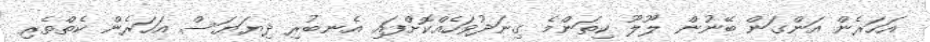
އަހަރެން އަންގަން ބޭނުން ލޫލޫ ކިތަންމެ ގިނަދުވަހެއްކޮށްފައި އެނބުރި ދިޔަޔަސް އަހަރެން ކެތްތެރި